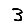
Digit: 3